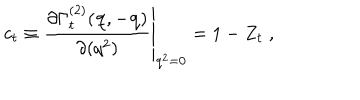
c _ { t } \equiv \left. \frac { \partial \Gamma _ { t } ^ { ( 2 ) } ( { \bf { q } } , - { \bf { q } } ) } { \partial ( q ^ { 2 } ) } \right| _ { q ^ { 2 } = 0 } = 1 - Z _ { t } \; ,